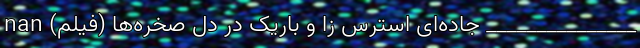
_______________ جاده‌ای استرس زا و باریک در دل صخره‌ها (فیلم) nan